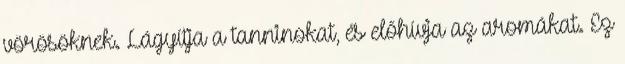
vörösöknek. Lágyítja a tanninokat, és előhívja az aromákat. Ez